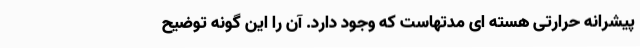
پیشرانه حرارتی هسته ای مدتهاست که وجود دارد. آن را این گونه توضیح